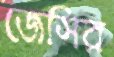
জেসির